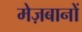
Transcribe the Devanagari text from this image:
मेज़बानों